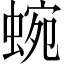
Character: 蜿